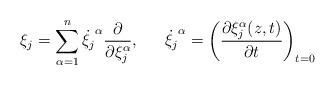
LaTeX: \begin{align*}\xi_j=\sum_{\alpha=1}^n \dot{\xi_j}^{\alpha}\frac{\partial}{\partial \xi_j^{\alpha}},\,\,\,\,\,\,\,\,\,\dot{\xi_j}^{\alpha}=\left(\frac{\partial \xi_j^{\alpha}(z,t)}{\partial t}\right)_{t=0}\end{align*}